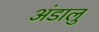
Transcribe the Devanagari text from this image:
अंडालु